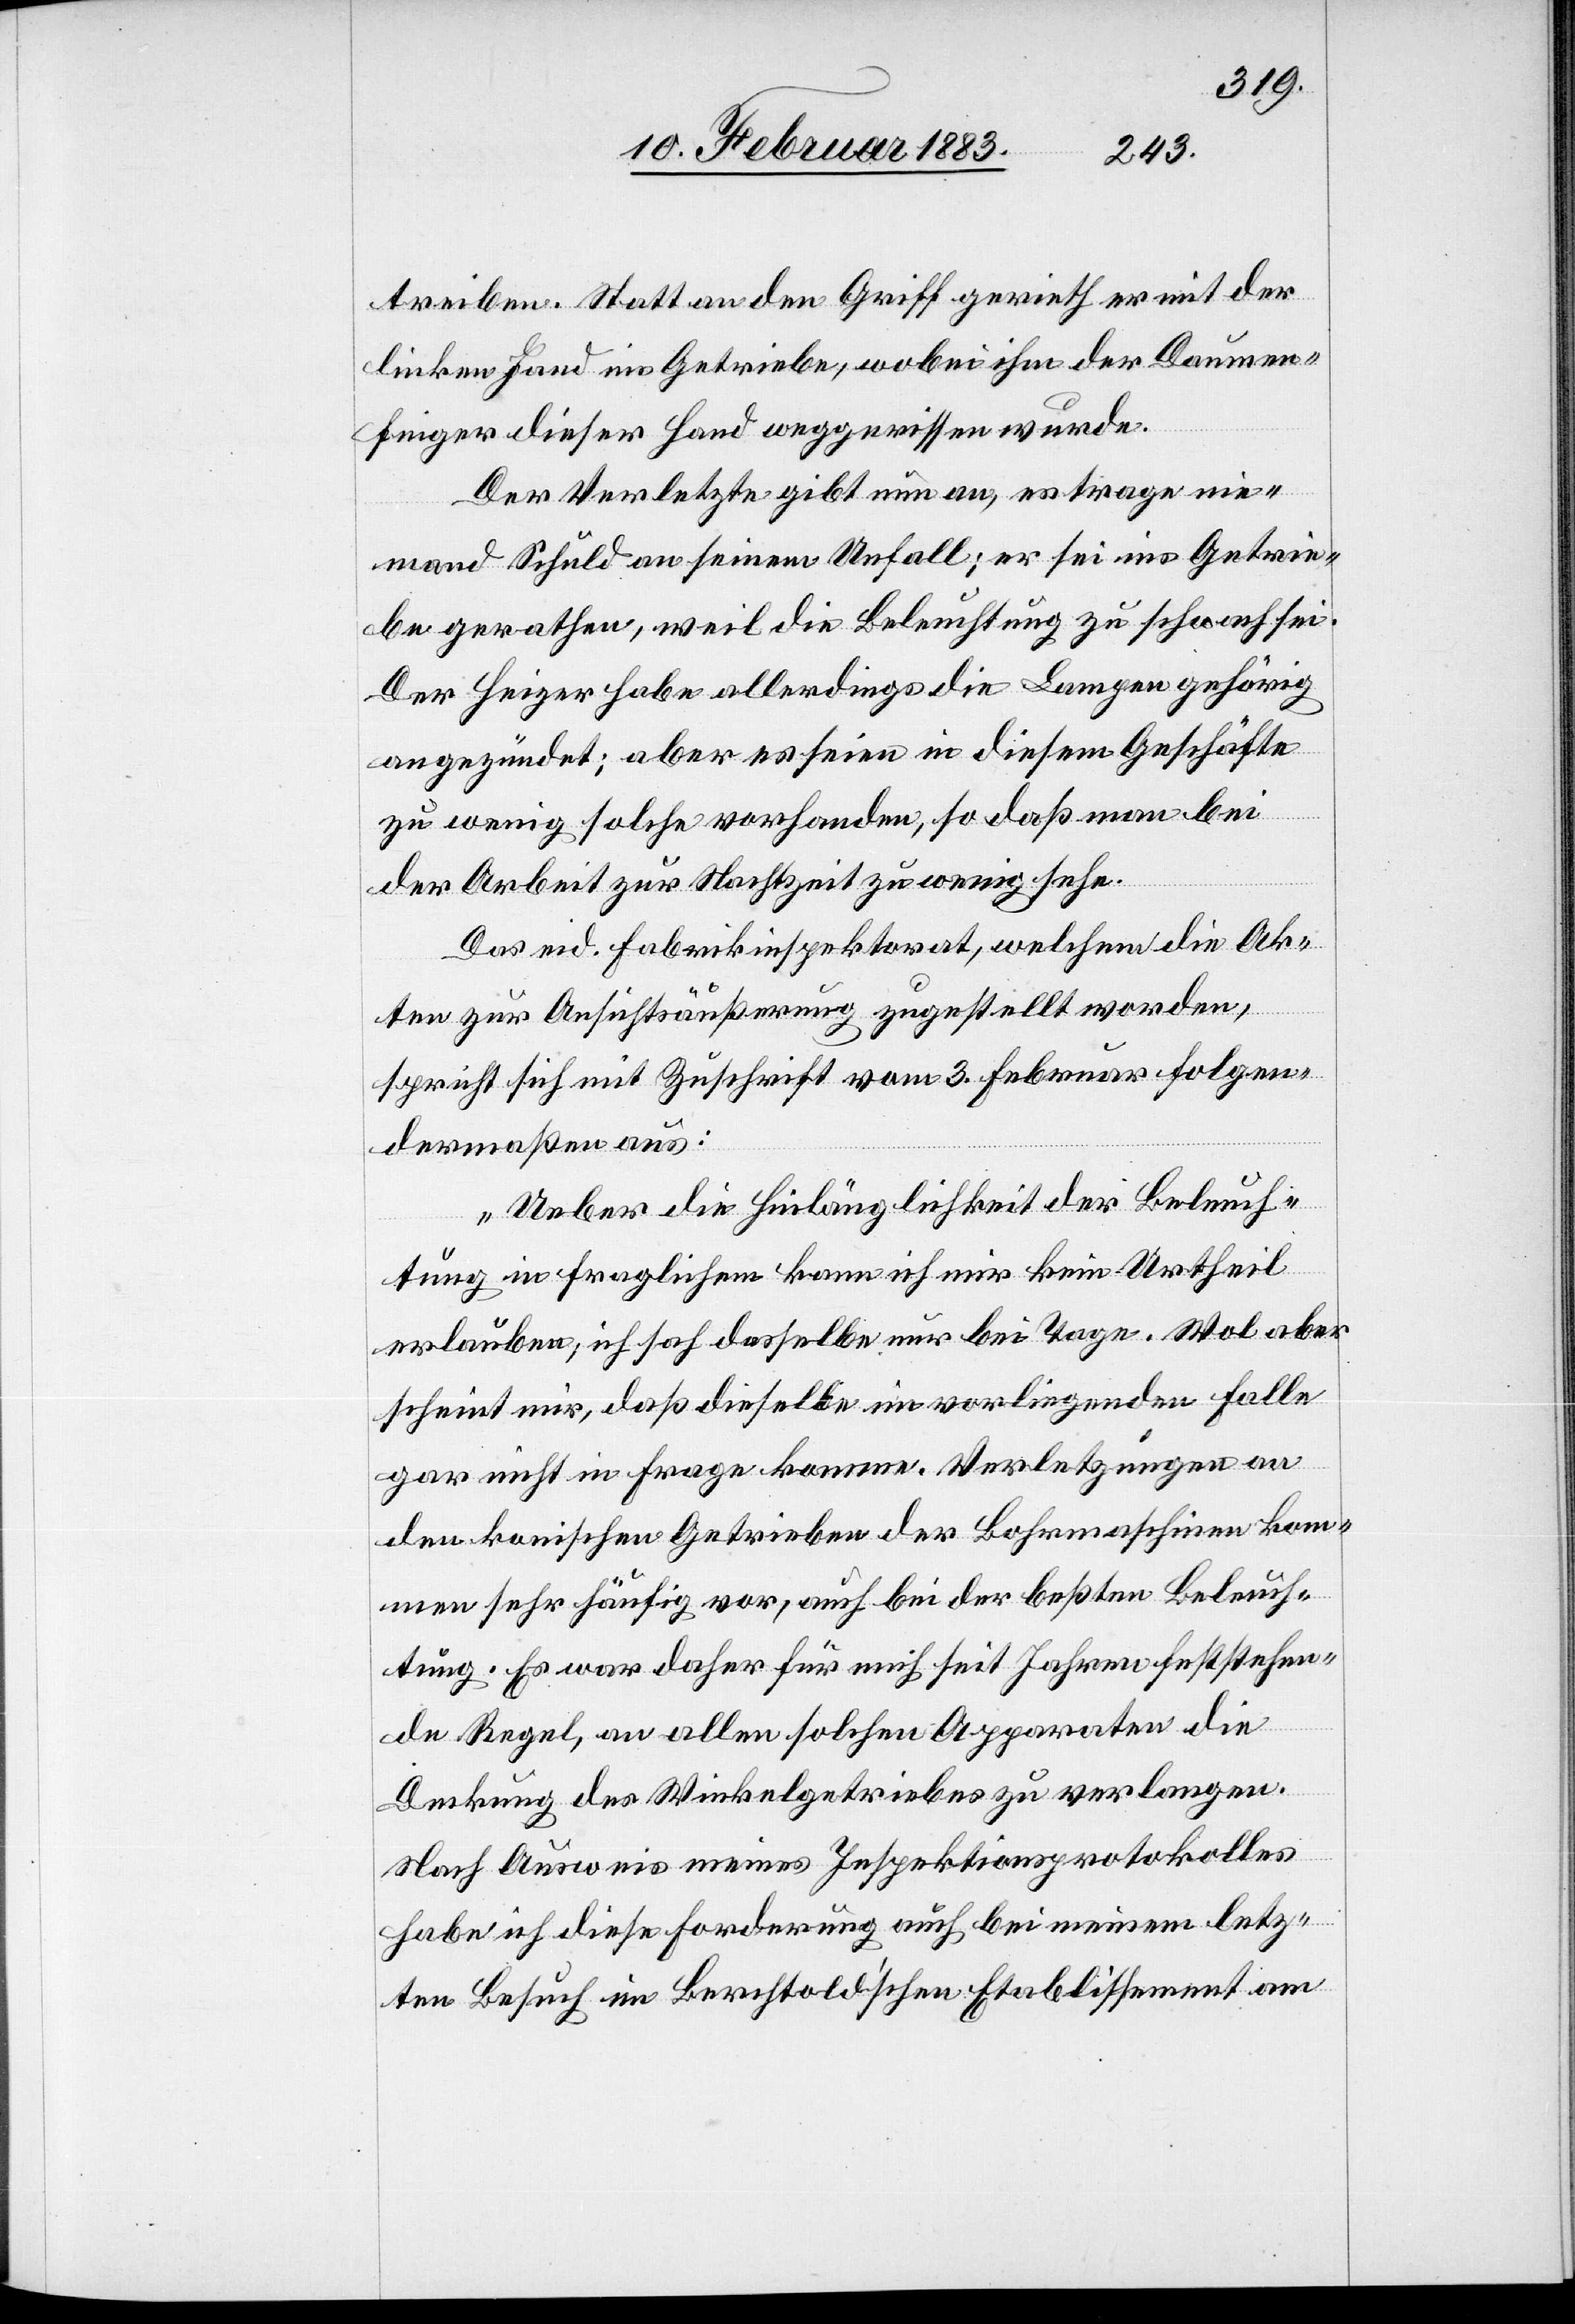
treiben. Statt an den Griff gerieth er mit der
linken Hand ins Getriebe, wobei ihm der Daumen¬
finger dieser Hand weggerissen wurde.
Der Verletzte gibt nun an, es trage nie¬
mand Schuld an seinem Unfall; er sei ins Getrie¬
be gerathen, weil die Beleuchtung zu schwach sei.
Der Heizer habe allerdings die Lampen gehörig
angezündet; aber es seien in diesem Geschäfte
Urtheil
zu wenig solche vorhanden, so daß man bei
der Arbeit zur Nachtzeit zu wenig sehe.
Das eid. Fabrikinspektorat, welchem die Ak¬
ten zur Ansichtsäußerung zugestellt worden,
spricht sich mit Zuschrift vom 3. Februar folgen¬
dermaßen aus:
„Ueber die Hinlänglichkeit der Beleuch¬
erlauben; ich sah dasselbe nur bei Tage. Wol aber
scheint mir, daß dieselbe im vorliegenden Falle
gar nicht in Frage komme. Verletzungen an
den konischen Getrieben der Bohrmaschinen kom¬
men sehr häufig vor, auch bei der beßten Beleuch¬
tung. Es war daher für mich seit Jahren feststehen¬
de Regel, an allen solchen Apparaten die
Deckung des Winkelgetriebes zu verlangen.
Nach Ausweis meines Inspektionsprotokolles
habe ich diese Forderung auch bei meinem letz¬
ten Besuch im Berchtoldʼschen Etablissement am